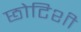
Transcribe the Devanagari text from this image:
छोटिशी